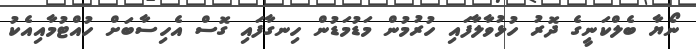
ނޯޔާ ބެލްކަނީގެ ދޮރު ހުޅުވާލާފައި ހުރުމުން މަޑުމަޑުން ހިނގާފައި ގޮސް އެހިސާބަށް ހުއްޓުމާއިއެކު